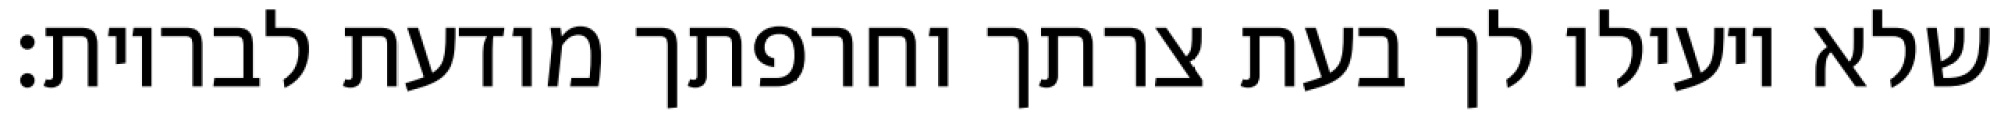
שלא יועילו לך בעת צרתך וחרפתך מודעת לבריות: